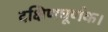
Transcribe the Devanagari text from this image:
दक्षिणघूर्णक।